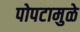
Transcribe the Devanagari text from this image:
पोपटामुळे